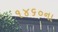
૧૪૬૦ના